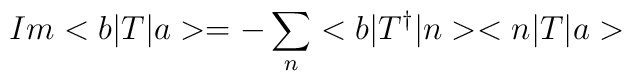
Im <b|T|a> = - \sum \limits_{n} <b|T^{\dagger}|n> <n|T|a>